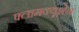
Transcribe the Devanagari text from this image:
फ्लामक्यूशेन